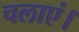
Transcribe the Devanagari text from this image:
चलाएं।